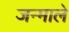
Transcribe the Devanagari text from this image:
जन्माले